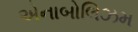
એનાબોલિઝમ